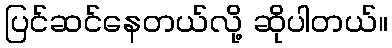
ပြင်ဆင်နေတယ်လို့ ဆိုပါတယ်။